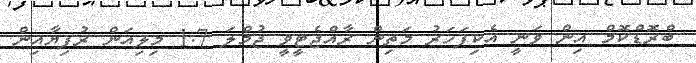
ބްރޮޑްކޮމް އިން ވަނީ އެކިފަހަރު މަތިން ރާއްޖެޓީވީ ޖުމްލަ 1.7 މިލިއަން ރުފިޔާއިން